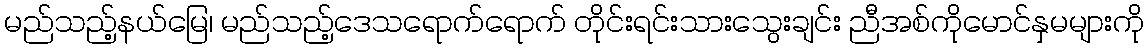
မည်သည့်နယ်မြေ၊ မည်သည့်ဒေသရောက်ရောက် တိုင်းရင်းသားသွေးချင်း ညီအစ်ကိုမောင်နှမများကို